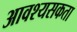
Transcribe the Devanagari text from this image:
आवश्यसकता